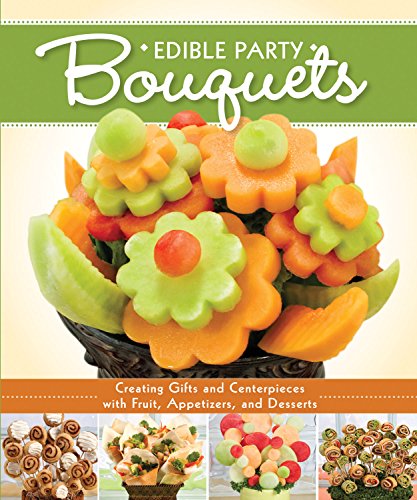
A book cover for Edible Party Bouquets: Creating Gifts and Centerpieces with Fruit, Appetizers, and Desserts; Cookbooks, Food & Wine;